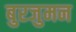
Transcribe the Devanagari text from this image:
बुरजुमन